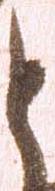
と